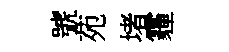
號苑堵霾